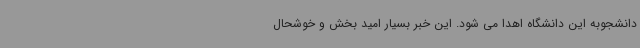
دانشجوبه این دانشگاه اهدا می شود. این خبر بسیار امید بخش و خوشحال